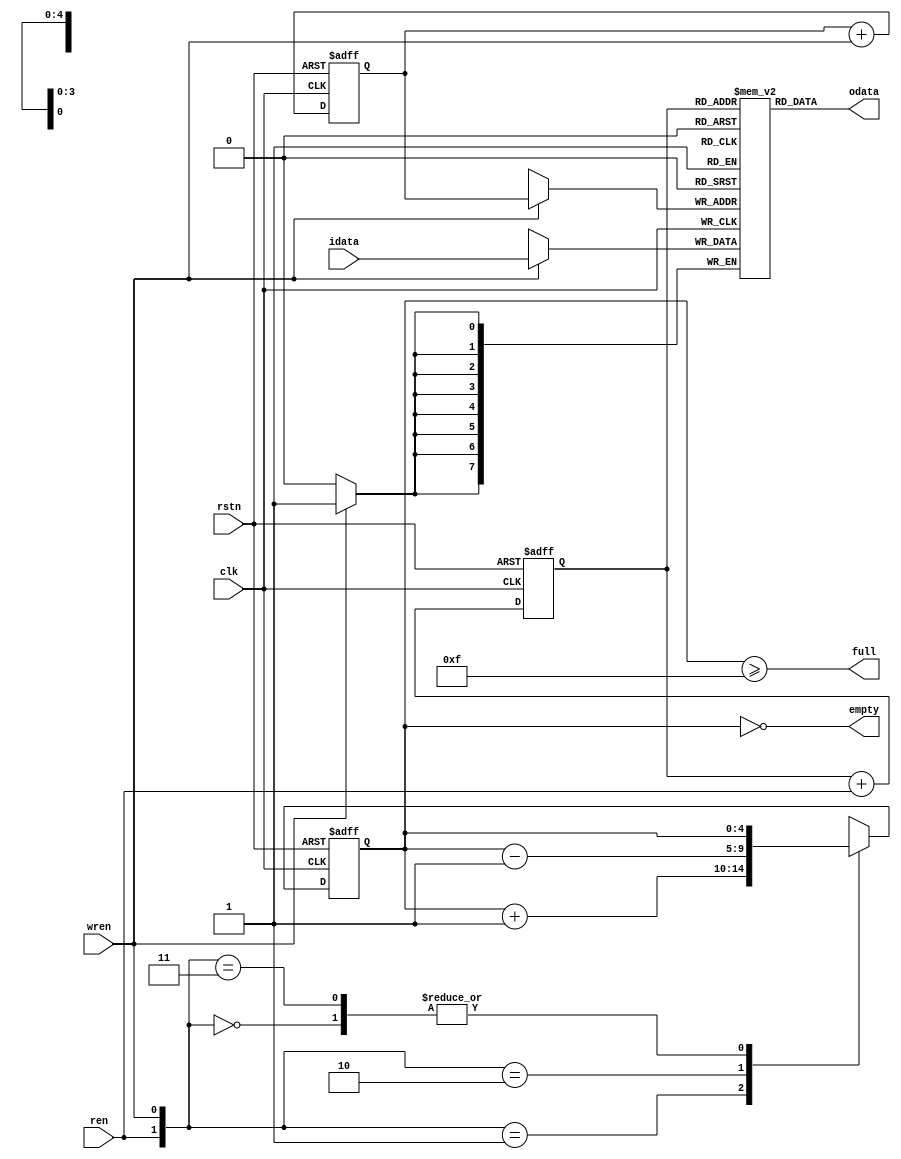
/*
 * A synchronous fifo design
 */
module fifo #(parameter AWIDTH = 4, parameter DWIDTH = 8)
(
	input clk,
	input rstn,

	input [DWIDTH-1:0] idata,
	input wren,

	output [DWIDTH-1:0] odata,
	input  ren,

	output full,
	output empty
);

localparam DEPTH = (1 << AWIDTH);

reg [DWIDTH-1:0] fifo [0:DEPTH-1];
reg [AWIDTH-1:0] f_wr_ptr;
reg [AWIDTH-1:0] f_rd_ptr;
reg [AWIDTH:0]   fifo_occ; 

assign full  = (fifo_occ >= DEPTH-1);
assign empty = (fifo_occ == 0);

// fifo occupancy calculations
always @(posedge clk or negedge rstn) begin
	if (!rstn)
		fifo_occ <= 0;
	else begin
		case ({ren, wren})
			2'b00 : fifo_occ <= fifo_occ;
			2'b01 : fifo_occ <= fifo_occ + 1'b1;
			2'b10 : fifo_occ <= fifo_occ - 1'b1;
			2'b11 : fifo_occ <= fifo_occ;
		endcase
	end
end


// write pointer increment
always @(posedge clk or negedge rstn) begin
	if (!rstn) 
		f_wr_ptr <= 0;
	else
		f_wr_ptr <= f_wr_ptr + wren;
end

// read pointer increment
always @(posedge clk or negedge rstn) begin
	if (!rstn)
		f_rd_ptr <= 0;
	else
		f_rd_ptr <= f_rd_ptr + ren;
end

// FIFO read and write logic
always @(posedge clk) begin
	if (wren)
		fifo[f_wr_ptr] <= idata;
end
assign odata = fifo[f_rd_ptr];

endmodule